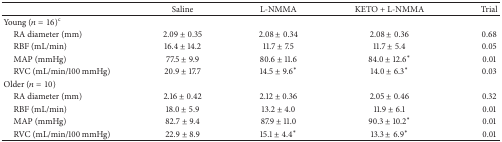
|  | Saline | L-NMMA | KETO + L-NMMA | Trial |
 | --- | --- | --- | --- | --- |
 | Young (n = 16)c |  |  |  |  |
 | RA diameter (mm) | 2.09 ± 0.35 | 2.08 ± 0.34 | 2.08 ± 0.36 | 0.68 |
 | RBF (mL/min) | 16.4 ± 14.2 | 11.7 ± 7.5 | 11.7 ± 5.4 | 0.05 |
 | MAP (mmHg) | 77.5 ± 9.9 | 80.6 ± 11.6 | 84.0 ± 12.6* | 0.01 |
 | RVC (mL/min/100 mmHg) | 20.9 ± 17.7 | 14.5 ± 9.6* | 14.0 ± 6.3* | 0.03 |
 | Older (n = 10) |  |  |  |  |
 | RA diameter (mm) | 2.16 ± 0.42 | 2.12 ± 0.36 | 2.05 ± 0.46 | 0.32 |
 | RBF (mL/min) | 18.0 ± 5.9 | 13.2 ± 4.0 | 11.9 ± 6.1 | 0.01 |
 | MAP (mmHg) | 82.7 ± 9.4 | 87.9 ± 11.0 | 90.3 ± 10.2* | 0.01 |
 | RVC (mL/min/100 mmHg) | 22.9 ± 8.9 | 15.1 ± 4.4* | 13.3 ± 6.9* | 0.01 |